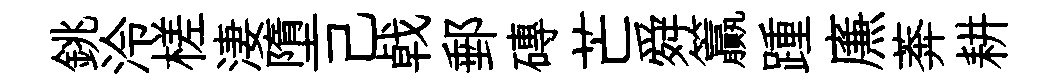
銚泠槎淒墮己㦸郵磚芒舜籯踵㢘莾耕